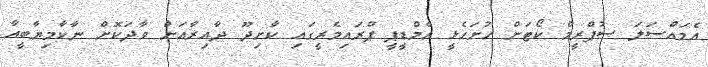
އެމައްސަލަ ސުޕްރީމް ކޯޓަށް ހުށަހެޅީ އެމްޑީޕީ ޕްރައިމެރީގައި ކާށިދޫ ދާއިރާއަށް ވާދަކޮށް ނާކާމިޔާބީއާ